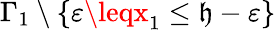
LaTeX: \Gamma_{1}\setminus\{ \varepsilon\leqx_{1}\leq\mathfrak{h}-\varepsilon\}